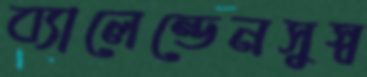
ব্যালেন্ডেনসুস্ব